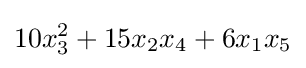
10x_{3}^{2}+15x_{2}x_{4}+6x_{1}x_{5}